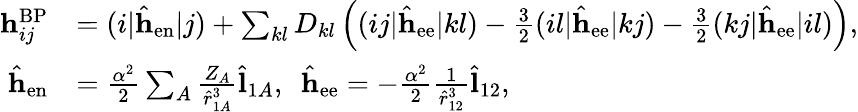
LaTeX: \begin{array}{rl}{\mathbf{h}_{ij}^{\mathrm{BP}}}&{=(i|\hat{\mathbf{h}}_{\mathrm{en}}|j)+\sum_{kl}D_{kl}\left((ij|\hat{\mathbf{h}}_{\mathrm{ee}}|kl)-\frac{3}{2}(il|\hat{\mathbf{h}}_{\mathrm{ee}}|kj)-\frac{3}{2}(kj|\hat{\mathbf{h}}_{\mathrm{ee}}|il)\right),}\\ {\hat{\mathbf{h}}_{\mathrm{en}}}&{=\frac{\alpha^{2}}{2}\sum_{A}\frac{Z_{A}}{\hat{r}_{1A}^{3}}\hat{\mathbf{l}}_{1A},\ \ \hat{\mathbf{h}}_{\mathrm{ee}}=-\frac{\alpha^{2}}{2}\frac{1}{\hat{r}_{12}^{3}}\hat{\mathbf{l}}_{12},}\end{array}